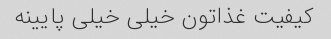
کیفیت غذاتون خیلی خیلی پایینه